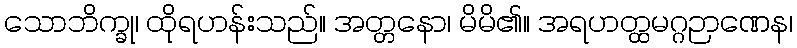
သောဘိက္ခု၊ ထိုရဟန်းသည်။ အတ္တနော၊ မိမိ၏။ အရဟတ္ထမဂ္ဂဉာဏေန၊